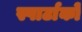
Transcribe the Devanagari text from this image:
स्पार्टाको